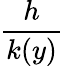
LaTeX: \frac{h}{k(y)}